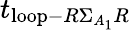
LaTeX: t_{\mathrm{loop}-R\Sigma_{A_{1}}R}